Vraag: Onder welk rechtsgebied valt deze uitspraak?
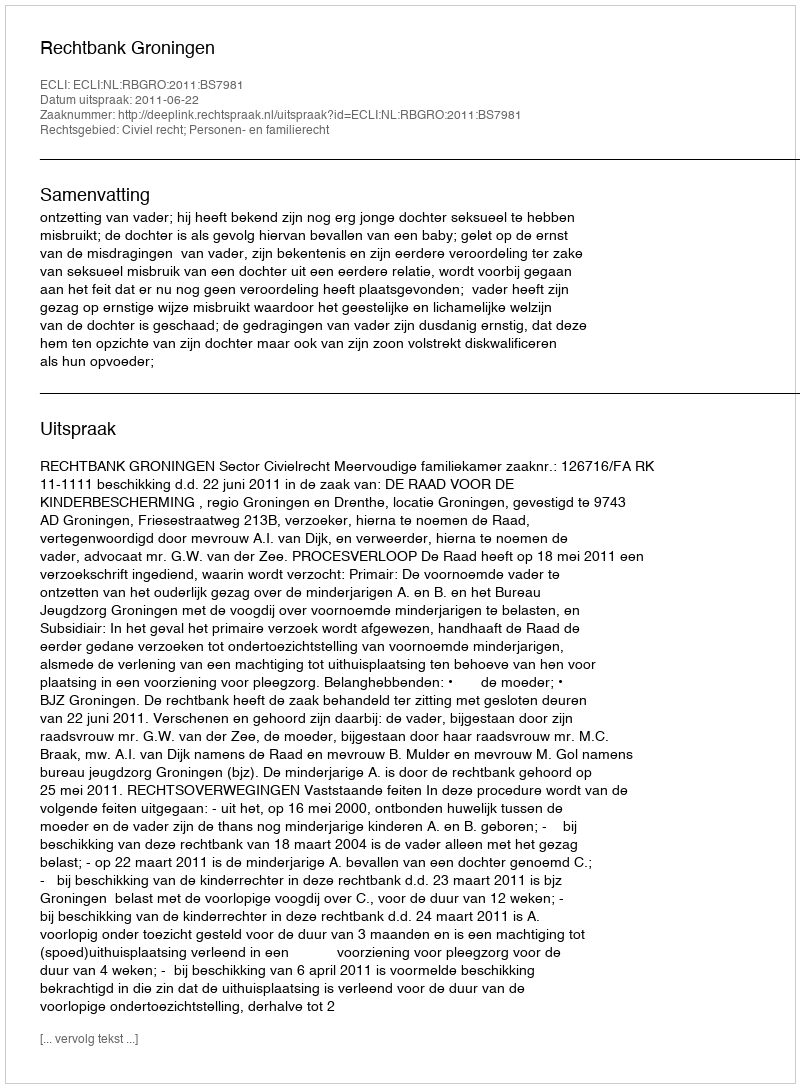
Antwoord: Civiel recht; Personen- en familierecht